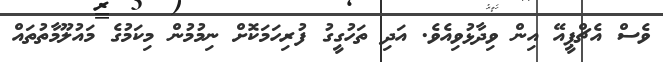
ވެސް އެޗްޕީއޭ އިން ވިދާޅުވިއެވެ. އަދި ތަހުގީގު ފުރިހަމަކޮށް ނިމުމުން މިކަމުގެ މައުލޫމާތުތައް